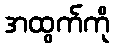
အထွက်ကို